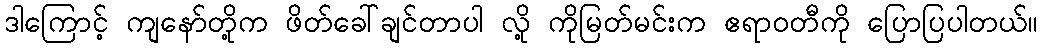
ဒါကြောင့် ကျနော်တို့က ဖိတ်ခေါ်ချင်တာပါ လို့ ကိုမြတ်မင်းက ဧရာဝတီကို ပြောပြပါတယ်။